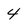
Character: 4